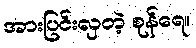
အားပြင်းလှတဲ့ စုန်ရေ။